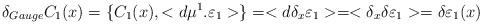
LaTeX: \begin{align*}\delta_{Gauge}C_1(x)=\{C_1(x),<d\mu^1.\varepsilon_1>\}=<d\delta_x\varepsilon_1>=<\delta_x\delta\varepsilon_1>=\delta\varepsilon_1(x)\end{align*}